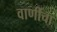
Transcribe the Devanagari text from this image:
वाणींचा